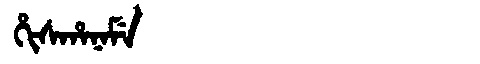
Manchu: ᡥᡳᠰᡥᠠᠨᠠᠮᡝ
Romanization: HISHANAME